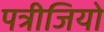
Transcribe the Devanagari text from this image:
पत्रीजियो